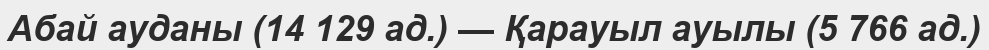
Абай ауданы (14 129 ад.) — Қарауыл ауылы (5 766 ад.)